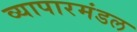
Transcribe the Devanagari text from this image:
व्यापारमंडल